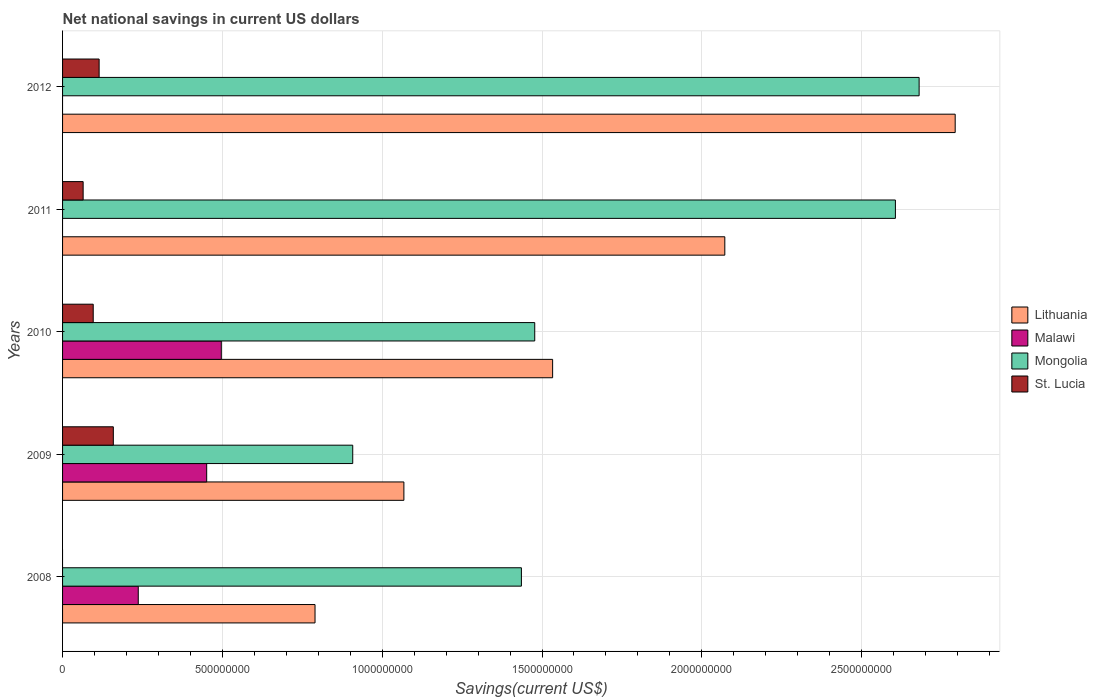
| Years | Lithuania | Malawi | Mongolia | St. Lucia |
 | --- | --- | --- | --- | --- |
 | 2008 | 7.9e+08 | 2.37e+08 | 1.44e+09 | -1.07e+07 |
 | 2009 | 1.07e+09 | 4.51e+08 | 9.08e+08 | 1.59e+08 |
 | 2010 | 1.53e+09 | 4.97e+08 | 1.48e+09 | 9.59e+07 |
 | 2011 | 2.07e+09 | -7.66e+07 | 2.61e+09 | 6.44e+07 |
 | 2012 | 2.79e+09 | -2.3e+08 | 2.68e+09 | 1.14e+08 |